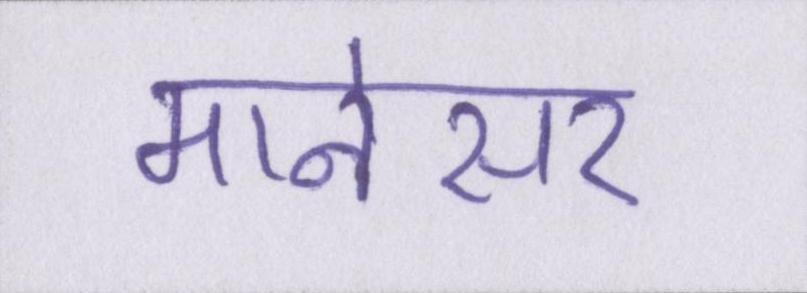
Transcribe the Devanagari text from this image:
मानेसर